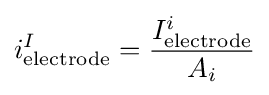
i_{\text{electrode}}^{I}={\frac {I_{\text{electrode}}^{i}}{A_{i}}}